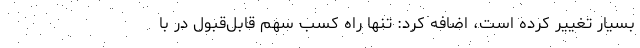
بسیار تغییر کرده است، اضافه کرد: تنها راه کسب سهم قابل‌قبول در با